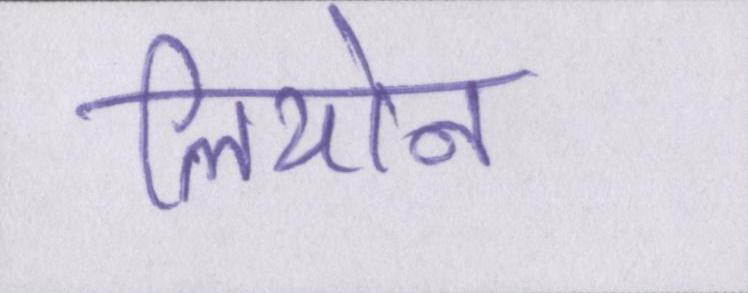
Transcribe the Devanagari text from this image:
लियोन